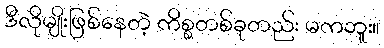
ဒီလိုမျိုးဖြစ်နေတဲ့ ကိစ္စတစ်ခုတည်း မကဘူး။